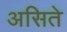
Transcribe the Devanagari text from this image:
असिते